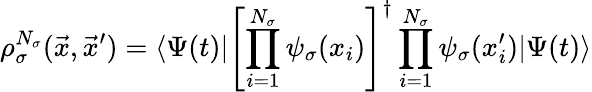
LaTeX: \rho_{\sigma}^{N_{\sigma}}(\vec{x},\vec{x}^{\prime})=\langle\Psi(t)|\left[\prod_{i=1}^{N_{\sigma}}\psi_{\sigma}(x_{i})\right]^{\dagger}\prod_{i=1}^{N_{\sigma}}\psi_{\sigma}(x_{i}^{\prime})|\Psi(t)\rangle